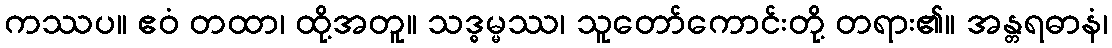
ကဿပ။ ဧဝံ တထာ၊ ထို့အတူ။ သဒ္ဓမ္မဿ၊ သူတော်ကောင်းတို့ တရား၏။ အန္တရဓာနံ၊